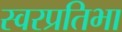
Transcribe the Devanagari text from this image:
स्वरप्रतिभा